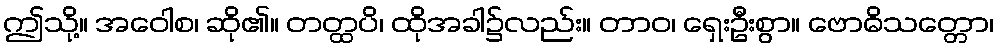
ဤသို့။ အဝေါစ၊ ဆို၏။ တတ္ထပိ၊ ထိုအခါ၌လည်း။ တာဝ၊ ရှေးဦးစွာ။ ဗောဓိသတ္တော၊